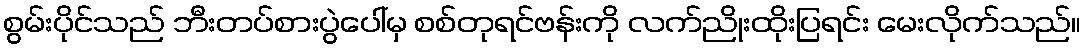
စွမ်းပိုင်သည် ဘီးတပ်စားပွဲပေါ်မှ စစ်တုရင်ဗန်းကို လက်ညိုးထိုးပြရင်း မေးလိုက်သည်။